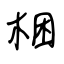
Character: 梱